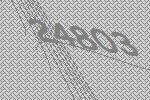
24803